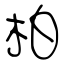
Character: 柏